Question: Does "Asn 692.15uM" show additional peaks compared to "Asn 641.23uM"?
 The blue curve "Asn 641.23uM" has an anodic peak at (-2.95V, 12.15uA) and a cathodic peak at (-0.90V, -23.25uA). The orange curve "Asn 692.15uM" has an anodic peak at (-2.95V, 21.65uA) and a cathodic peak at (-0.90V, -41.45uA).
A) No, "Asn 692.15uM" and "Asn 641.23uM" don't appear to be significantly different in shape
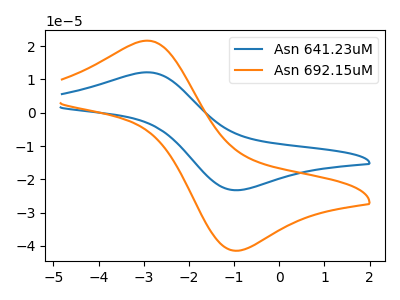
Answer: <think>All the peaks in "Asn 692.15uM" have a peak in "Asn 641.23uM" at the same potential. Every peak in "Asn 692.15uM" is higher than every peak in "Asn 641.23uM".
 </think>
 <answer>A) No, "Asn 692.15uM" and "Asn 641.23uM" don't appear to be significantly different in shape</answer>
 <eval>A</eval>